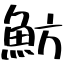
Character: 魴